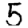
Digit: 5